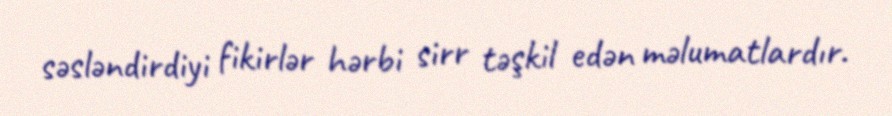
səsləndirdiyi fikirlər hərbi sirr təşkil edən məlumatlardır.